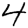
Digit: 4